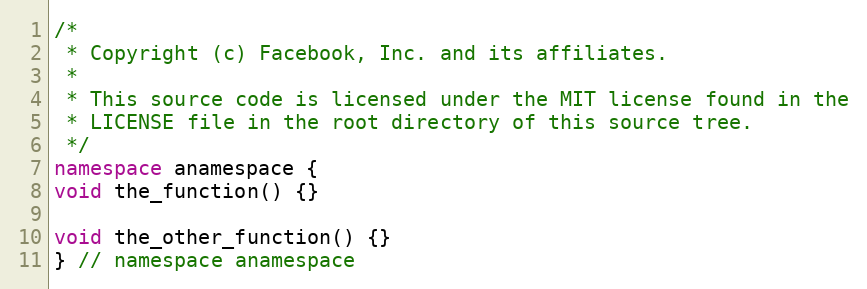
Language: C++
/*
 * Copyright (c) Facebook, Inc. and its affiliates.
 *
 * This source code is licensed under the MIT license found in the
 * LICENSE file in the root directory of this source tree.
 */
namespace anamespace {
void the_function() {}

void the_other_function() {}
} // namespace anamespace